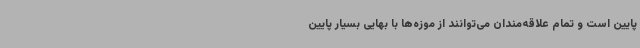
پایین است و تمام علاقه‌مندان می‌توانند از موزه‌ها با بهایی بسیار پایین